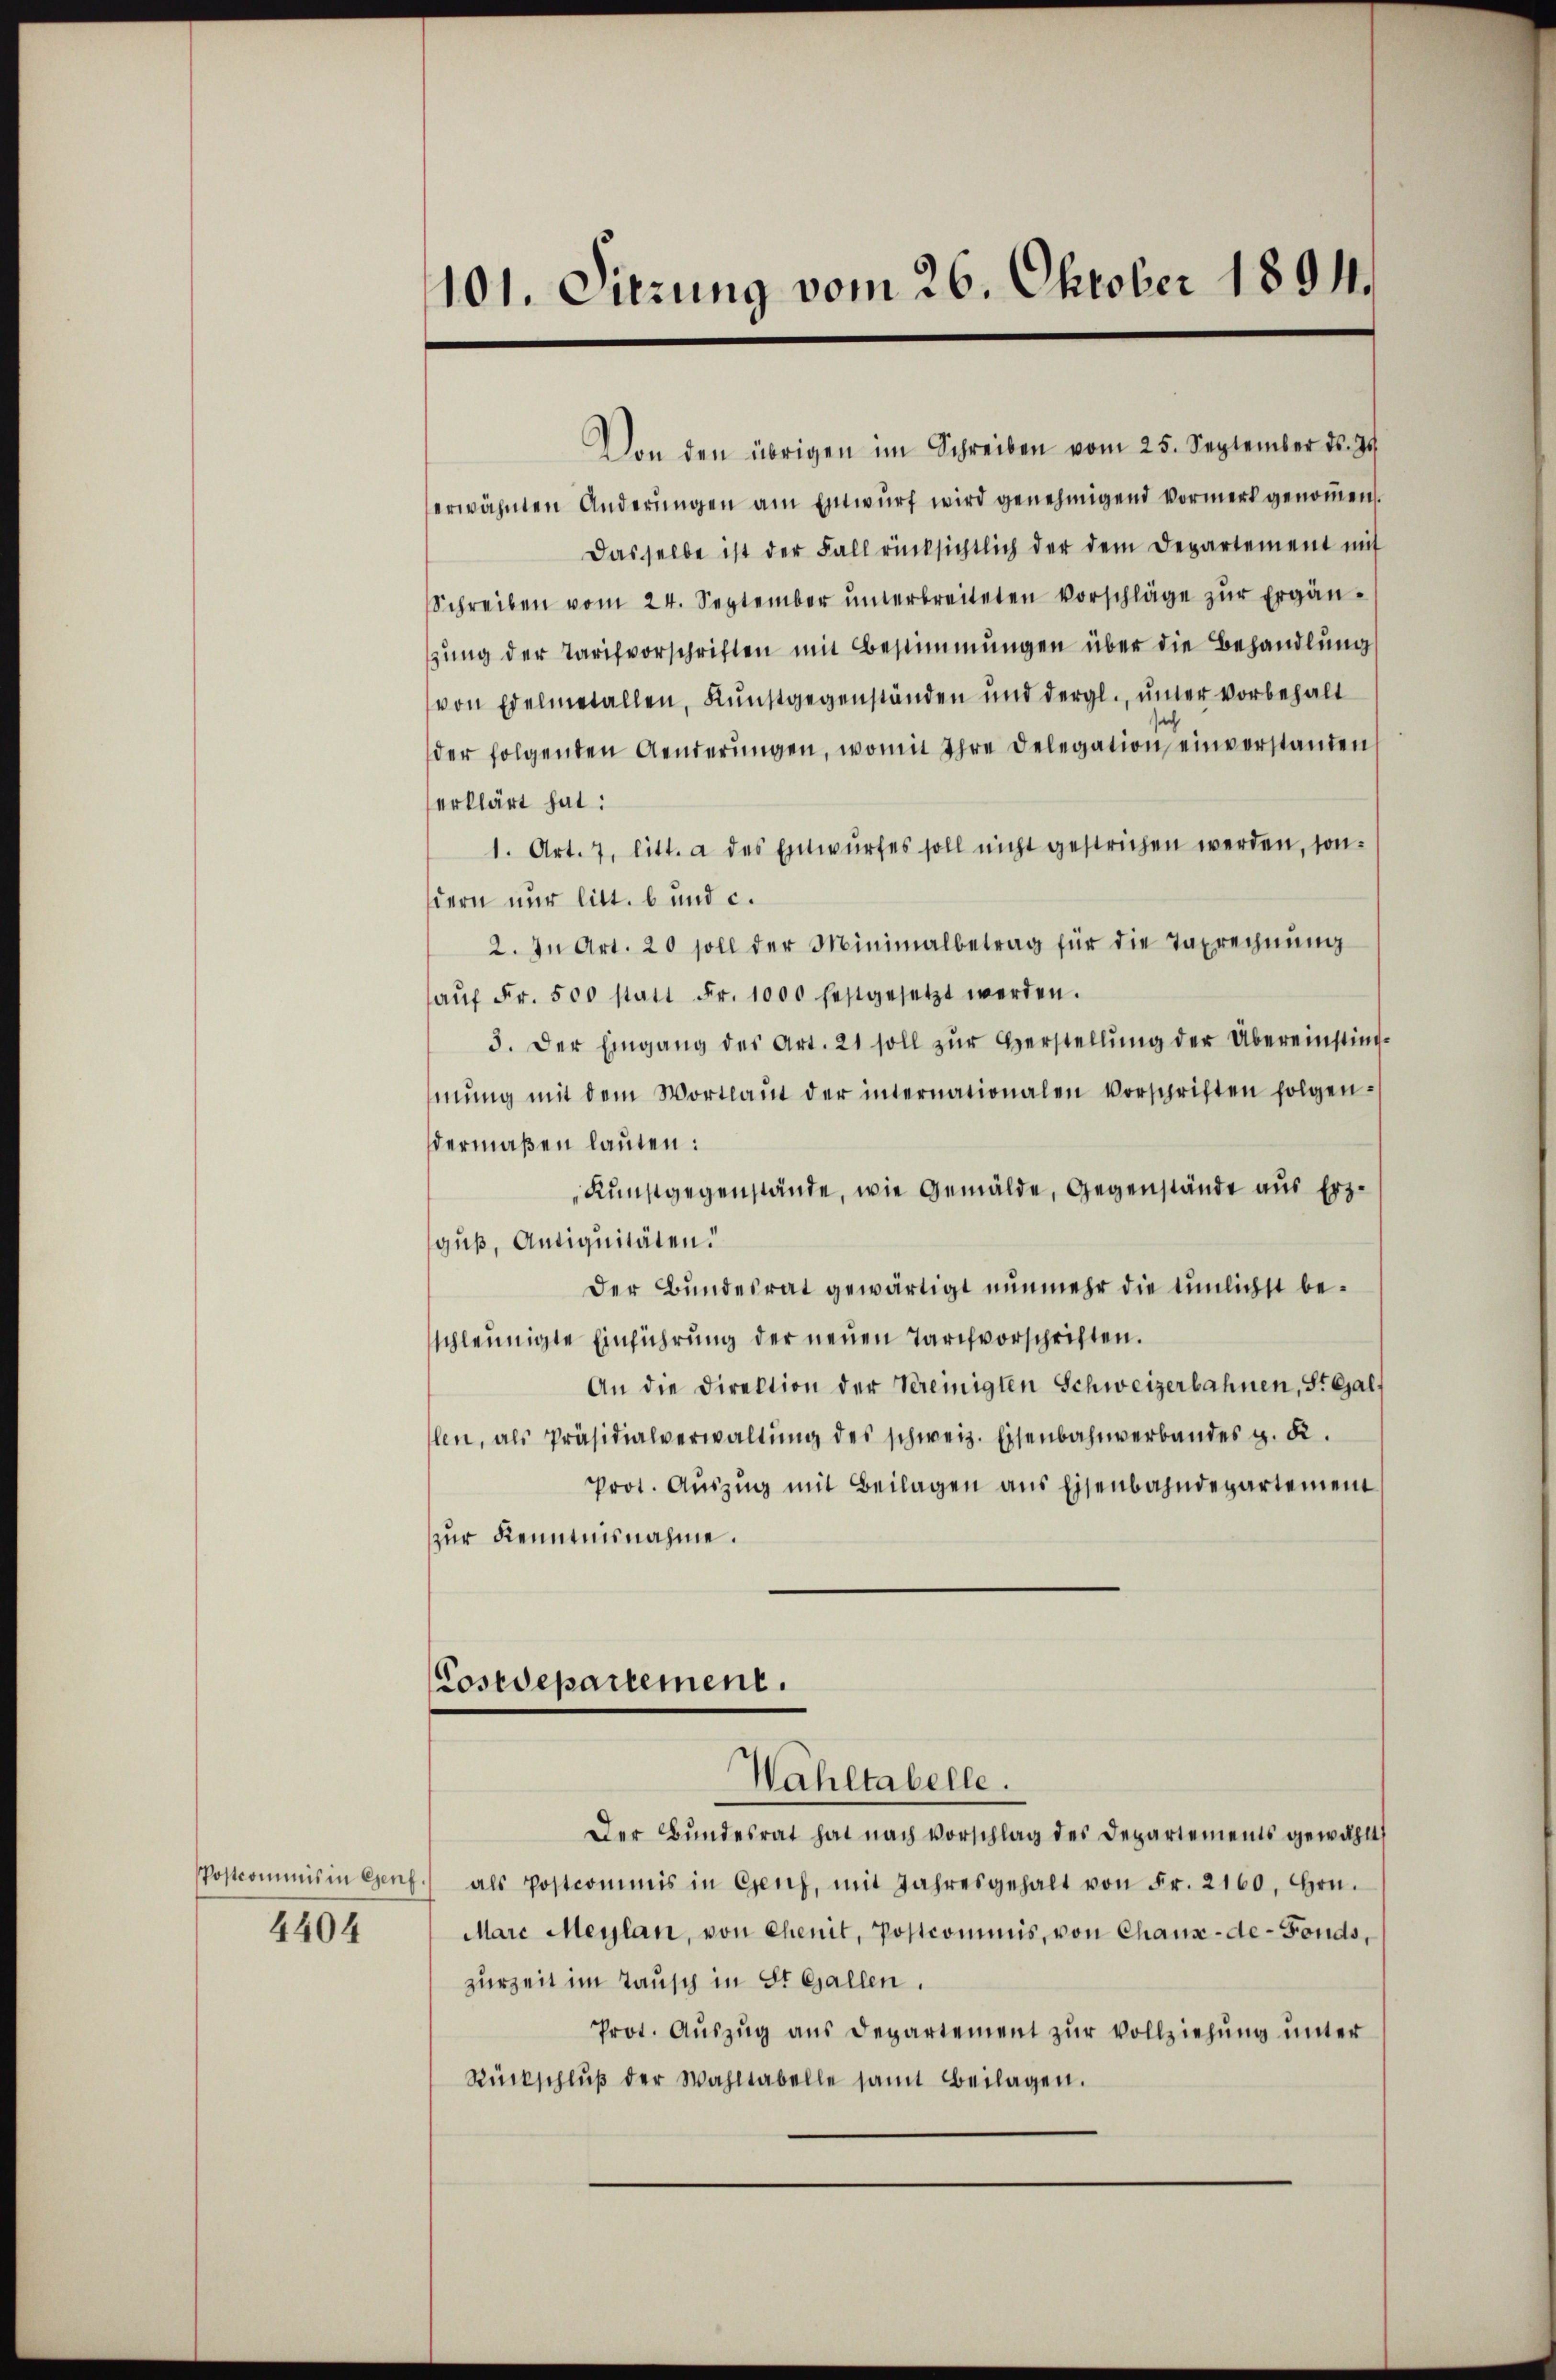
4404

101. Sitzung vom 26. Oktober 1891.

Von den übrigen im Schreiben vom 25. September ds. 25.
erwähnten Änderŭngen am Einwŭrf wird genehmigend Vormerk genoṁen.
Dasselbe ist der Fall rücksichtlich der dem Departement mit
Schreiben vom 24. September ŭnterbreiteten Vorschläge zŭr Ergän-
zung der Tarifvorschriften mit Bestimmungen über die Behandlung
von Edelmetallen, Kunstgegenständen und dergl., ŭnter vorbehalt
der folgenden Aenderŭngen, womit ihre Delegation einverstanden
erklärt hat:
1. Art. 7, litt. a des Entwurfes soll nicht gestrichen werden, sondern nur litt. b und c.
2. In Art. 20 soll der Minimalbetrag für die Taxrechnŭng
aŭf Fr. 500 statt Fr. 1000 festgesetzt werden.
3. Der Eingang des Art. 21 soll zŭr Herstellŭng der Übereinstim-
mŭng mit dem Wortlaut der internationalen Vorschriften folgen-
dermaßen lauten:
Kunstgegenstände, wie Gemälde, Gegenstände aus Erzguß, Antiquitäten.
Der Bundesrat gewärtigt nunmehr die tümlichst beschleunigte Einführŭng der neuen Tarifvorschriften.
An die Direktion der Vereinigten Schweizerbahnen, St. Gal
len, als Präsidialverwaltŭng des schweiz. Eisenbahnverbandes g. K.
Prot. Auszug mit Beilagen aus Eisenbahndepartement
zur Kenntnisnahme.
Costdepartement.
Wahltabelle.
Der Bundesrat hat nach Vorschlag des Departements gewählt:
Postcommis in Genf.) als Postcommis in Genf, mit Jahresgehalt von Fr. 2160. Hrn.
Marc Meÿlan, von Chenit, Postcommis, von Chaux-de-Fonds,
zurZeit im Tausch in St. Gallen.
Prot. Aŭszŭg ans Departement zŭr Vollziehŭng ŭnter
Rückschlŭβ der Wahltabelle samt Beilagen.